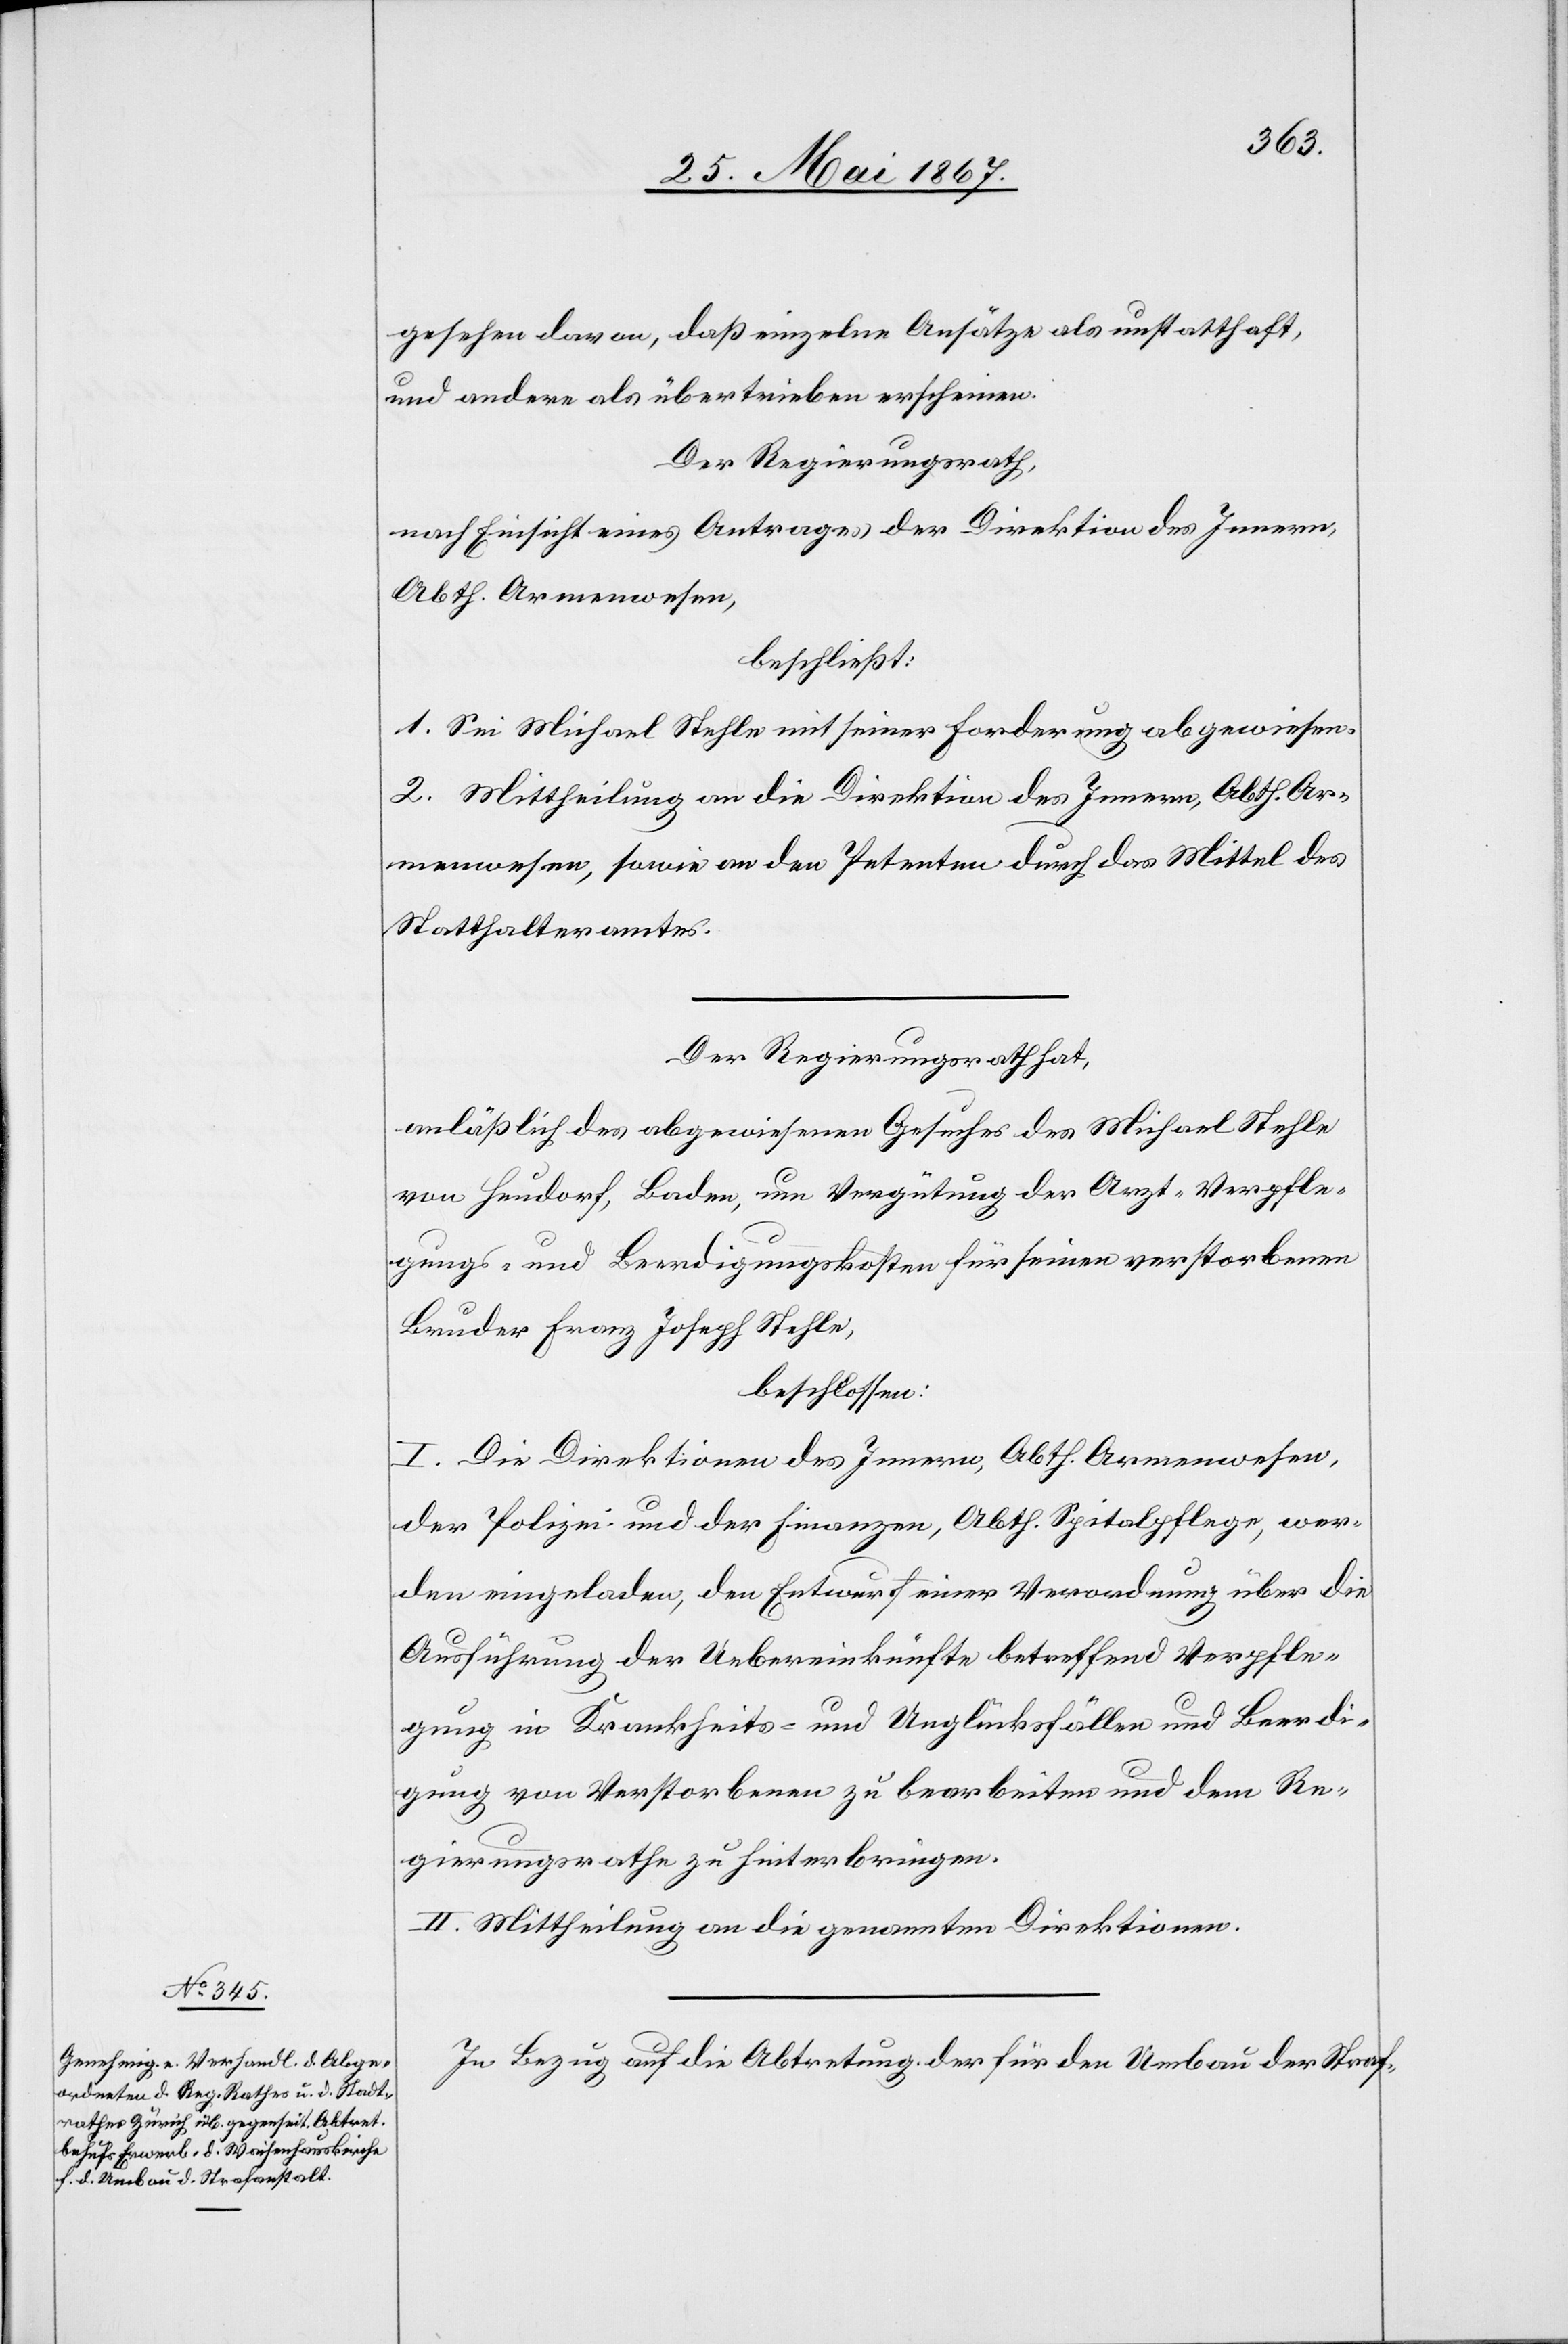
gesehen davon, daß einzelne Ansätze als unstatthaft,
und andere als übertrieben erscheinen.
Der Regierungsrath,
nach Einsicht eines Antrages der Direktion des Innern,
Abth. Armenwesen,
beschließt:
1. Sei Michael Stehle mit seiner Forderung abgewiesen.
2. Mittheilung an die Direktion des Innern, Abth. Ar¬
menwesen, sowie an den Petenten durch das Mittel des
Statthalteramtes.
Der Regierungsrath hat,
anläßlich des abgewiesenen Gesuches des Michael Stehle
von Heudorf, Baden, um Vergütung der Arzt-[,] Verpfle¬
gungs- und Beerdigungskosten für seinen verstorbenen
Bruder Franz Joseph Stehle,
beschlossen:
I. Die Direktionen des Innern, Abth. Armenwesen,
der Polizei- und der Finanzen, Abth. Spitalpflege, wer¬
den eingeladen, den Entwurf einer Verordnung über die
Ausführung der Uebereinkünfte betreffend Verpfle¬
gung in Krankheits- und Unglücksfällen und Beerdi¬
gung von Verstorbenen zu bearbeiten und dem Re¬
gierungsrathe zu hinterbringen.
II. Mittheilung an die genannten Direktionen.
In Bezug auf die Abtretung der für den Umbau der Straf-